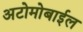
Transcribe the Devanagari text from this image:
अटोमोबाईल